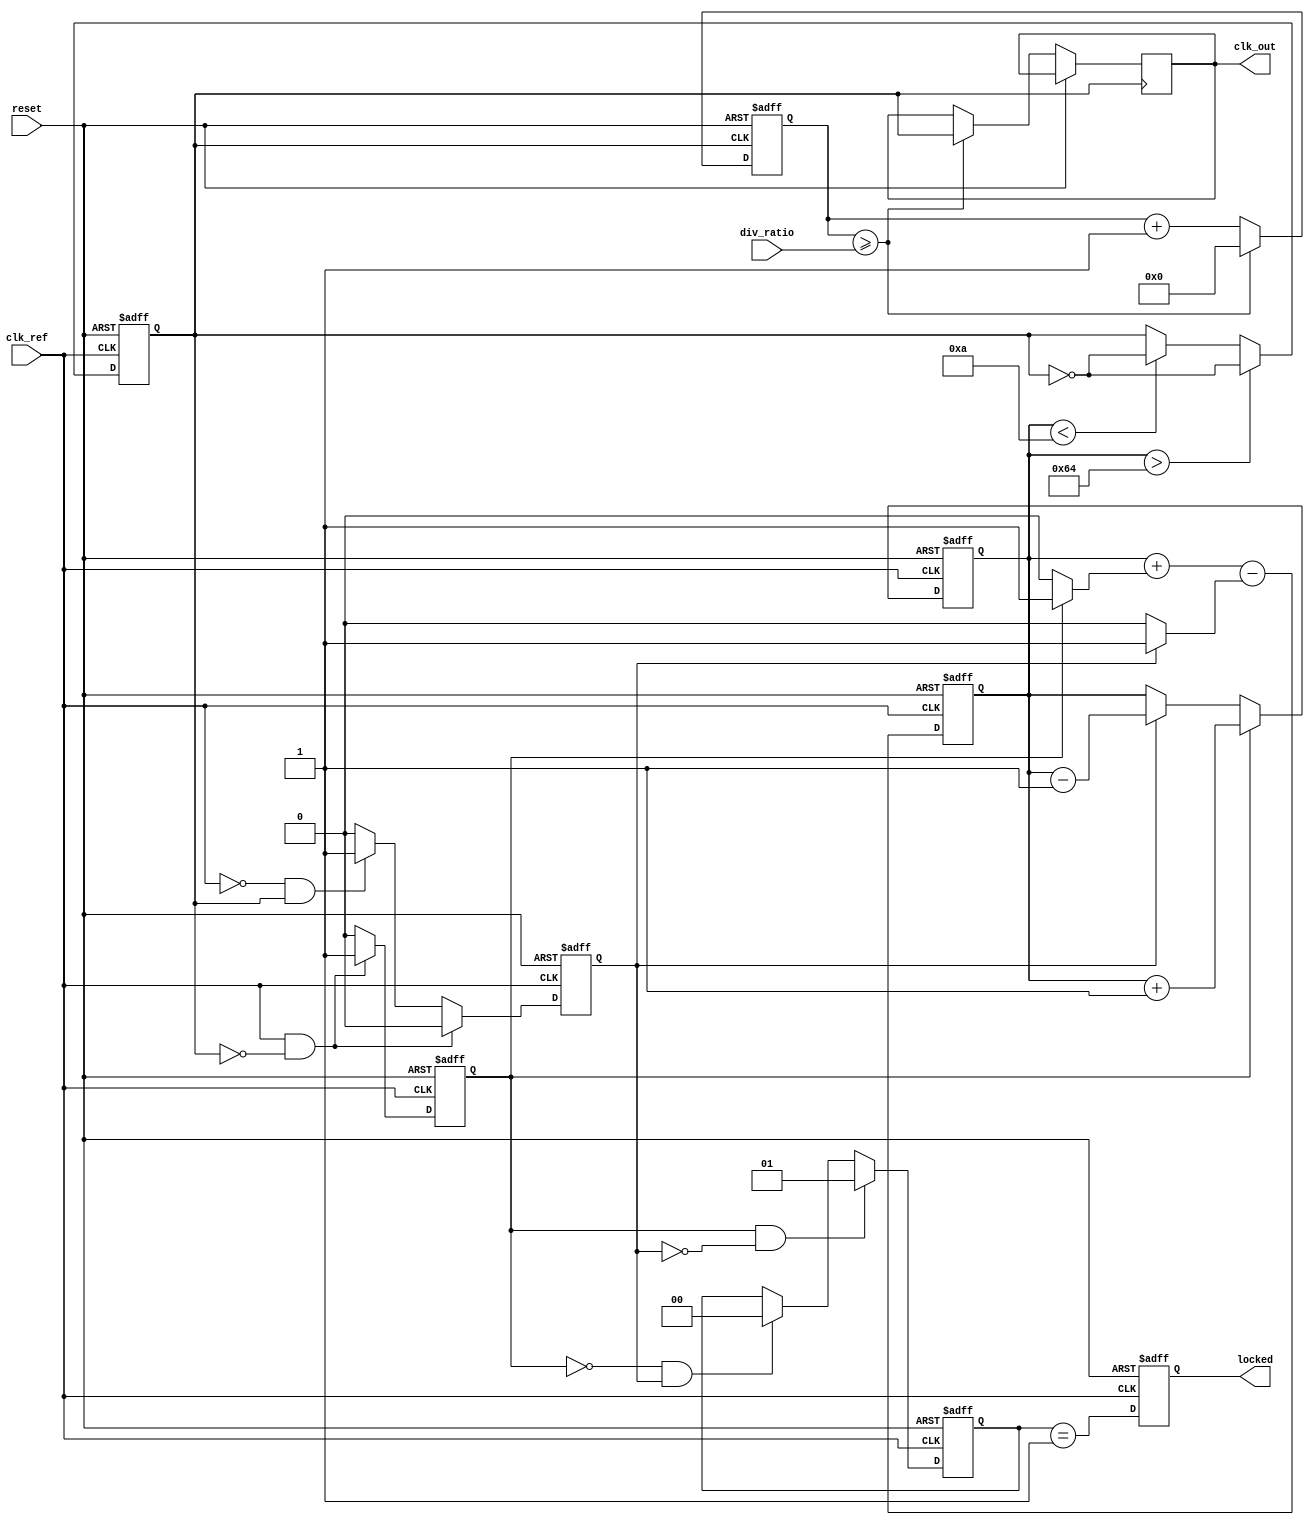
module pll (
    input wire clk_ref,          // Input Reference Clock
    input wire reset,            // Reset signal
    input wire [N-1:0] div_ratio, // Division ratio for feedback divider
    output reg clk_out,          // Output Clock
    output reg locked            // Lock detection output
);
    parameter N = 4;             // Example division ratio width
    parameter VCO_MAX_FREQ = 100; // Max VCO frequency
    parameter VCO_MIN_FREQ = 10;  // Min VCO frequency
    parameter LOOP_FILTER_GAIN = 1; // Loop filter gain

    reg clk_vco;                 // VCO output clock
    reg [N-1:0] vco_control;     // Control voltage for VCO
    reg up, down;                // PFD outputs
    reg [N-1:0] feedback;        // Feedback signal
    reg [1:0] state;             // State for lock detection

    // Phase Frequency Detector (PFD)
    always @(posedge clk_ref or posedge reset) begin
        if (reset) begin
            up <= 0;
            down <= 0;
        end else begin
            // PFD logic (simplified)
            if (clk_ref && !clk_vco) begin
                up <= 1; // Reference clock is leading
                down <= 0;
            end else if (!clk_ref && clk_vco) begin
                up <= 0;
                down <= 1; // VCO clock is leading
            end else begin
                up <= 0;
                down <= 0; // No change
            end
        end
    end

    // Charge Pump
    always @(posedge clk_ref or posedge reset) begin
        if (reset) begin
            vco_control <= 0;
        end else begin
            if (up) begin
                vco_control <= vco_control + LOOP_FILTER_GAIN;
            end else if (down) begin
                vco_control <= vco_control - LOOP_FILTER_GAIN;
            end
        end
    end

    // Loop Filter (simple integrator)
    always @(posedge clk_ref or posedge reset) begin
        if (reset) begin
            vco_control <= 0;
        end else begin
            // Implement a simple loop filter
            vco_control <= vco_control + (up ? 1 : 0) - (down ? 1 : 0);
        end
    end

    // Voltage-Controlled Oscillator (VCO)
    always @(posedge clk_ref or posedge reset) begin
        if (reset) begin
            clk_vco <= 0;
        end else begin
            // VCO frequency control based on vco_control
            if (vco_control > VCO_MAX_FREQ) begin
                clk_vco <= ~clk_vco; // Toggle clock
            end else if (vco_control < VCO_MIN_FREQ) begin
                clk_vco <= ~clk_vco; // Toggle clock
            end
        end
    end

    // Feedback Divider
    always @(posedge clk_vco or posedge reset) begin
        if (reset) begin
            feedback <= 0;
        end else begin
            feedback <= feedback + 1;
            if (feedback >= div_ratio) begin
                feedback <= 0;
                clk_out <= clk_vco; // Output clock
            end
        end
    end

    // Lock Detection Circuit
    always @(posedge clk_ref or posedge reset) begin
        if (reset) begin
            locked <= 0;
            state <= 0;
        end else begin
            // Simple lock detection logic
            if (up && !down) begin
                state <= 1; // Locked state
            end else if (!up && down) begin
                state <= 0; // Unlocked state
            end
            locked <= (state == 1);
        end
    end

endmodule